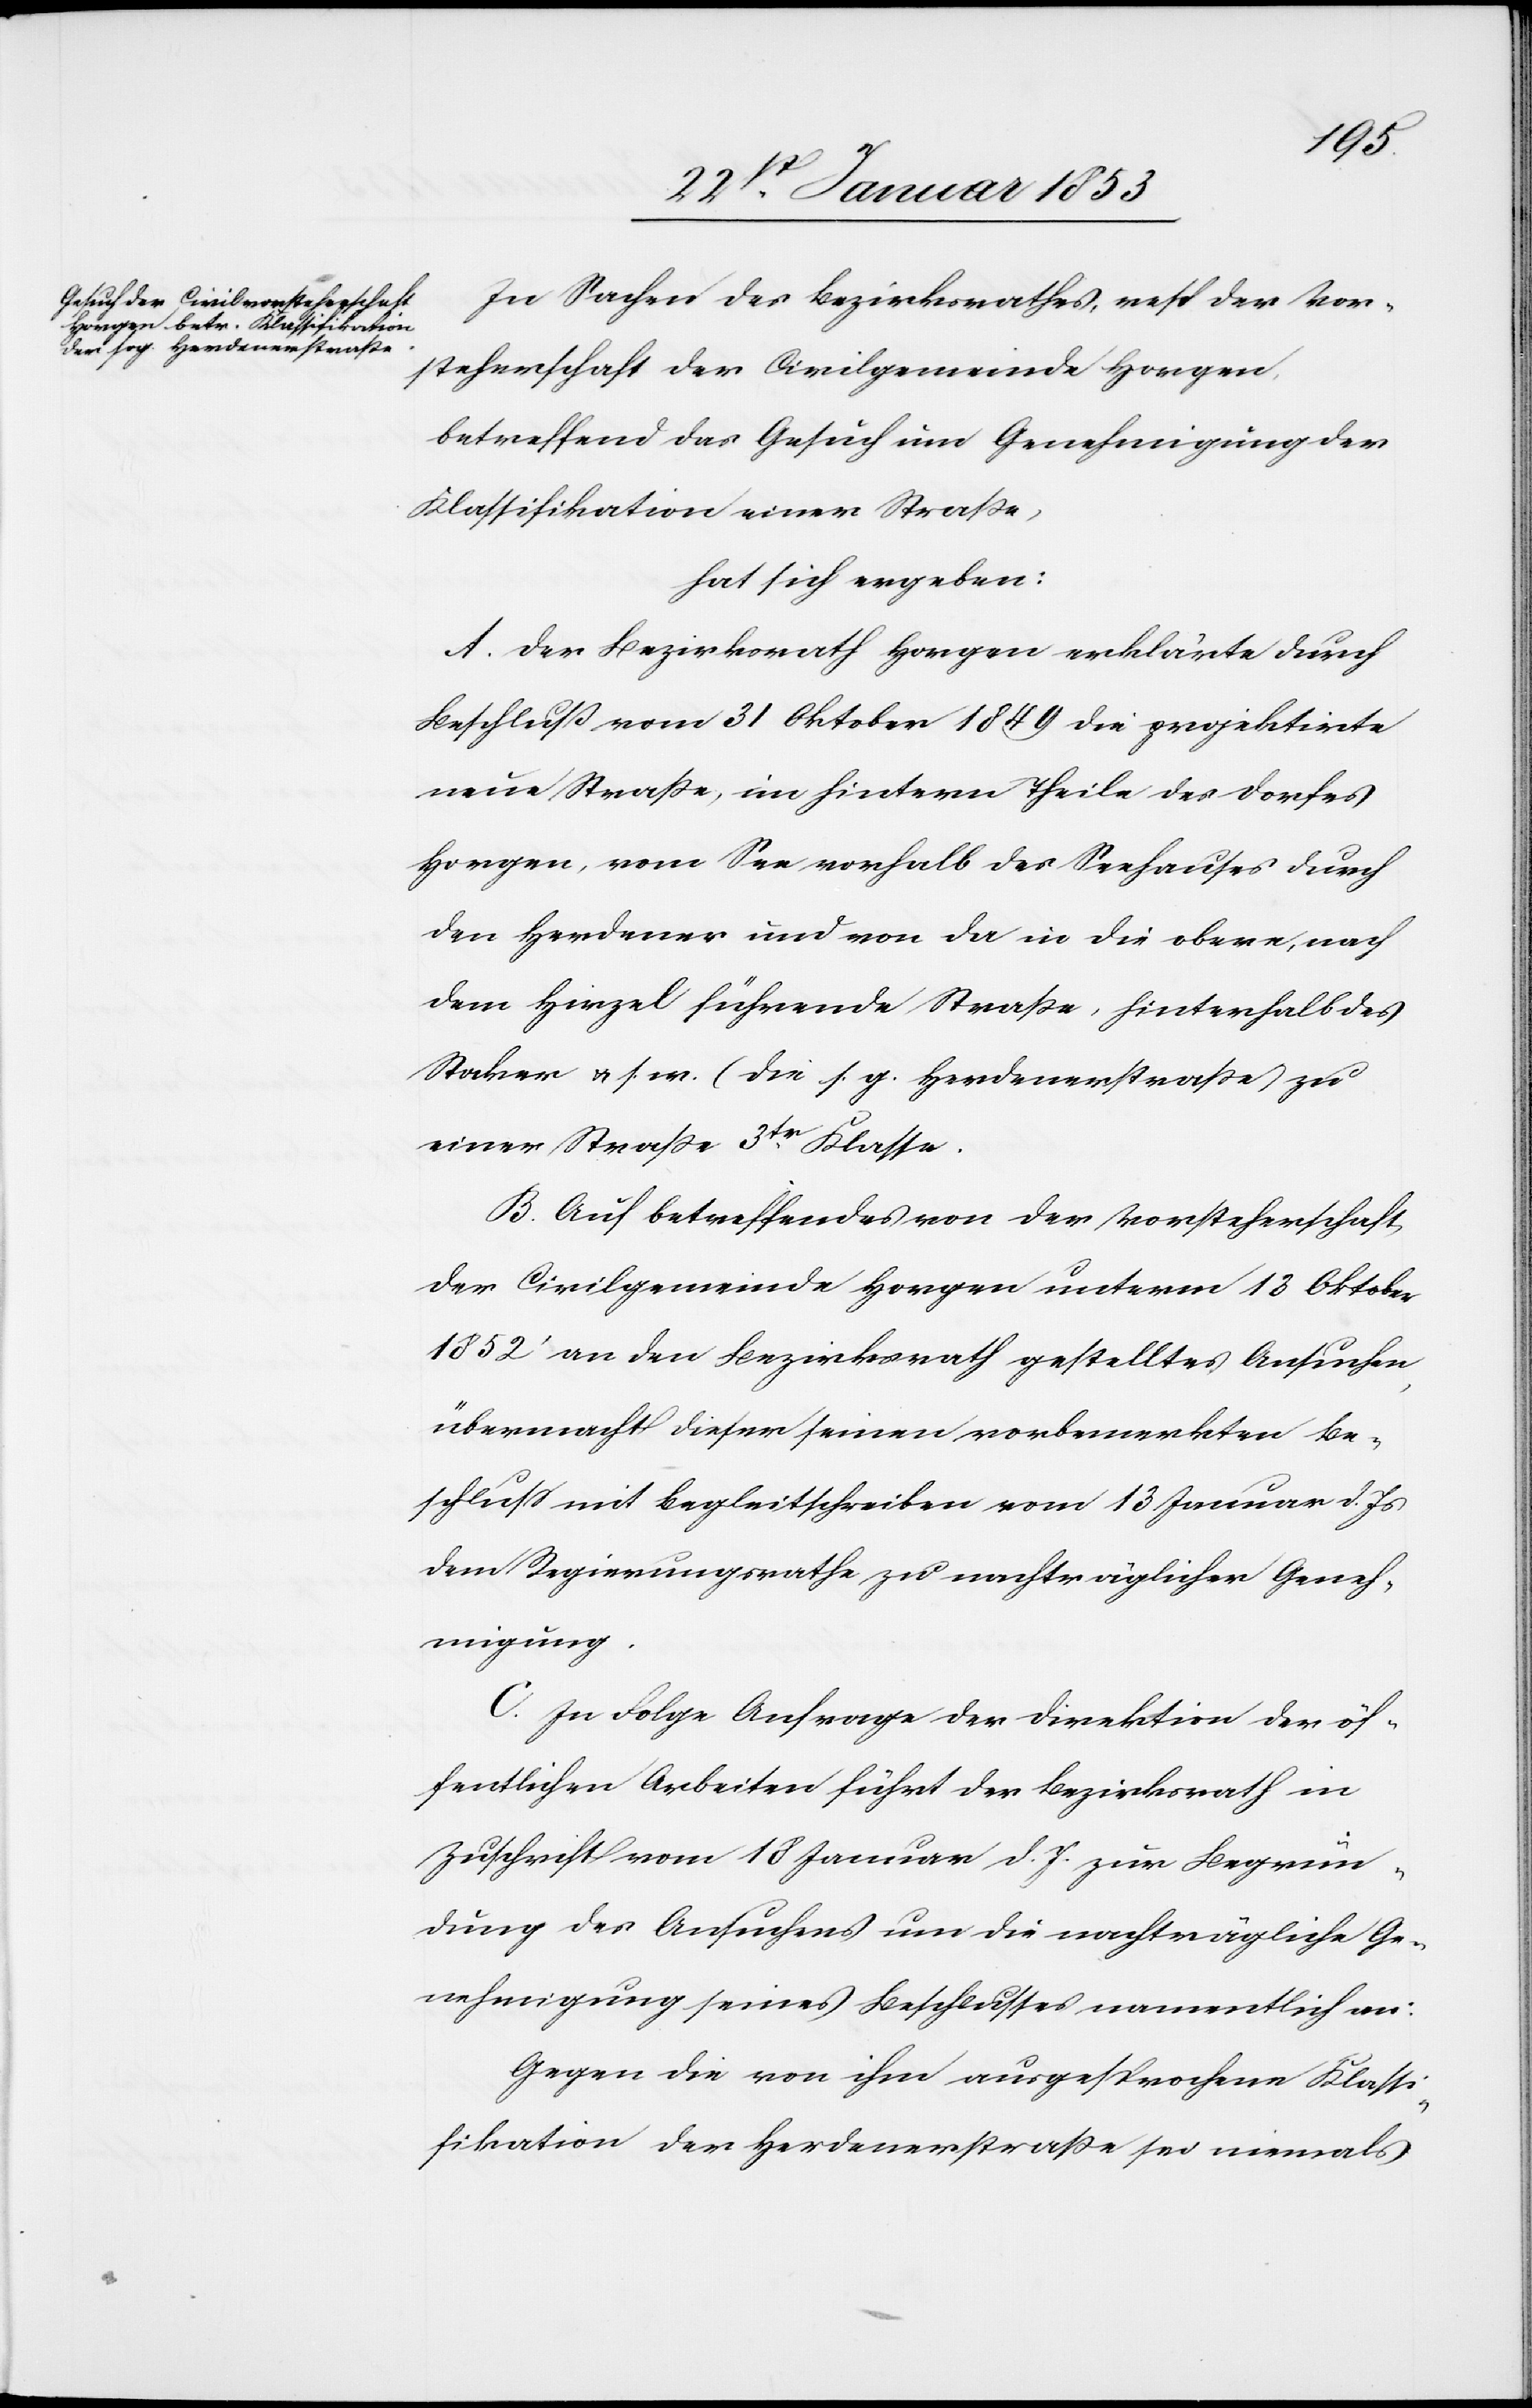
In Sachen des Bezirksrathes, resp. der Vor¬
steherschaft der Civilgemeinde Horgen,
betreffend das Gesuch um Genehmigung der
Klassifikation einer Strasse,
hat sich ergeben:
A. Der Bezirksrath Horgen erklärte durch
Beschluß vom 31 Oktober 1849 die projektirte
neue Straße, im hintern Theile des Dorfes
Horgen, vom See oberhalb des Seehauses durch
den Herdener und von da in die obere, nach
dem Hirzel führende Straße, hinterhalb des
Stocker u. s. w. (die s. g. Herdenerstraße) zu
einer Straße 3tr. Klasse.
B. Auf betreffendes von der Vorsteherschaft
der Civilgemeinde Horgen unterm 13 Oktober
1852 an den Bezirksrath gestelltes Ansuchen,
übermacht dieser seinen vorbemerkten Be¬
schluß mit Begleitschreiben vom 13 Januar d. Js.
dem Regierungsrathe zu nachträglicher Geneh¬
migung.
C. In Folge Anfrage der Direktion der öf¬
fentlichen Arbeiten führt der Bezirksrath in
Zuschrift vom 18 Januar d. J. zur Begrün¬
dung des Ansuchens um die nachträgliche Ge¬
nehmigung seines Beschlusses namentlich an:
Gegen die von ihm ausgesprochene Klassi¬
fikation der Herdenerstraße sei niemals